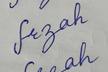
Signature authenticity: forged